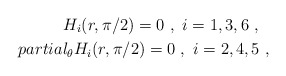
\begin{align*}H_{i}(r,\pi/2)=0 \ , \ i=1,3,6 \ , \ \ \\partial_{\theta}H_{i}(r,\pi/2)=0 \ , \ i=2,4,5 \ ,\end{align*}